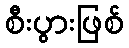
စီးပွားဖြစ်